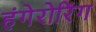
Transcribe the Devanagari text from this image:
हंगेरोरिंग